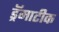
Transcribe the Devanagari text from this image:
ड्रॅमाटीक